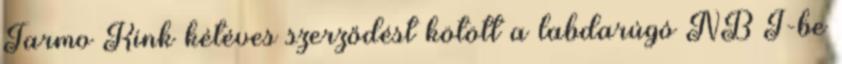
Tarmo Kink kétéves szerződést kötött a labdarúgó NB I-be